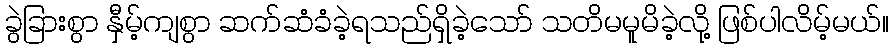
ခွဲခြားစွာ နှီမ့်ကျစွာ ဆက်ဆံခံခဲ့ရသည်ရှိခဲ့သော် သတိမမူမိခဲ့လို့ ဖြစ်ပါလိမ့်မယ်။